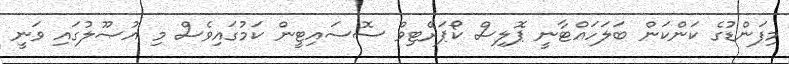
މިފަންޑުގެ ކަންކަން ބަލަހައްޓާނީ ޕޮލިސް ކޯޕަރޭޓިވް ސޮސައިޓީން ކަމުގައިވެސް މި އުޞޫލުގައި ވަނީ